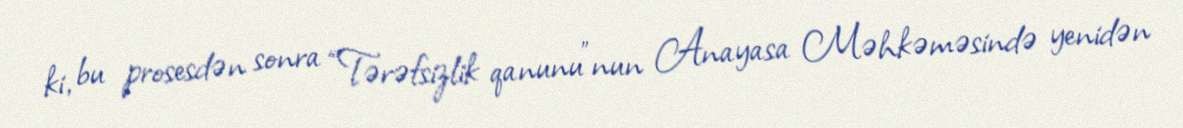
ki, bu prosesdən sonra “Tərəfsizlik qanunu”nun Anayasa Məhkəməsində yenidən